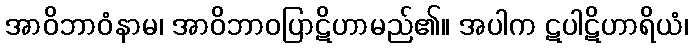
အာဝိဘာဝံနာမ၊ အာဝိဘာဝပြာဋိဟာမည်၏။ အပါက ဋပါဋိဟာရိယံ၊